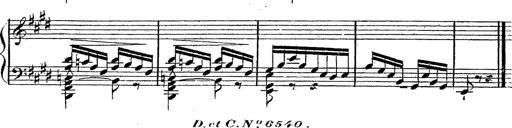
Title: 12 Lieder von Franz Schubert
Composer: Franz Liszt